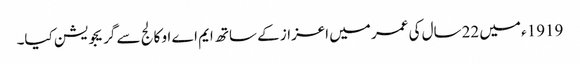
1919ء میں 22سال کی عمر میں اعزاز کے ساتھ ایم اے او کالج سے گریجویشن کیا۔